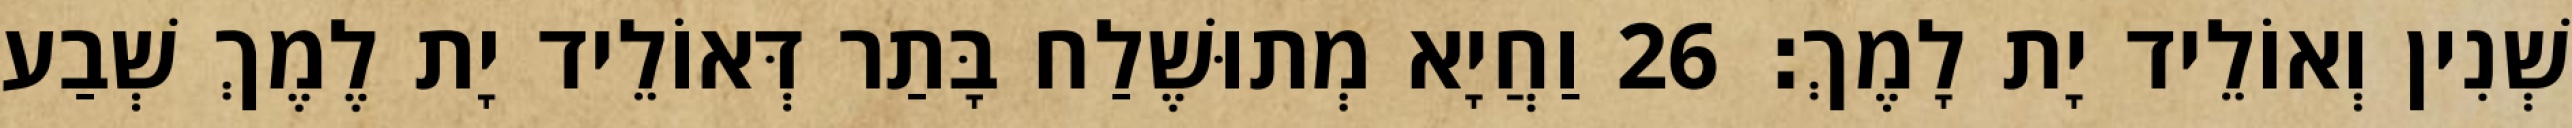
שְׁנִין וְאוֹלֵיד יָת לָמֶךְ׃ 26 וַחֲיָא מְתוּשֶׁלַח בָּתַר דְּאוֹלֵיד יָת לֶמֶךְ שְׁבַע